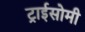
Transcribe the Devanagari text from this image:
ट्राईसोमी